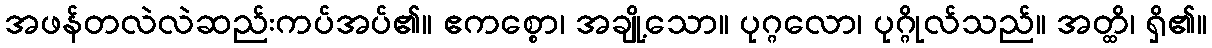
အဖန်တလဲလဲဆည်းကပ်အပ်၏။ ဧကစ္စော၊ အချို့သော။ ပုဂ္ဂလော၊ ပုဂ္ဂိုလ်သည်။ အတ္ထိ၊ ရှိ၏။